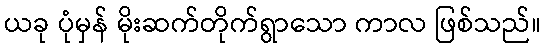
ယခု ပုံမှန် မိုးဆက်တိုက်ရွာသော ကာလ ဖြစ်သည်။